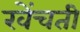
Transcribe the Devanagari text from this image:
खेंचती